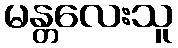
မန္တလေးသူ